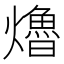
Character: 𤑟